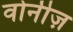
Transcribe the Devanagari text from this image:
वोनीज़